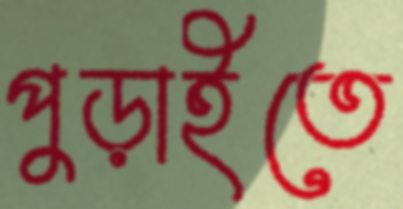
পুড়াইতে